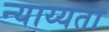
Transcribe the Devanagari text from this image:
न्याय्यता